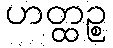
ဟတ္ထဉ္စ